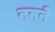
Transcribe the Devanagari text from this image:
नमने